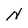
Character: N